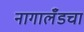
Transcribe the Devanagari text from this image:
नागालँडचा